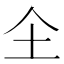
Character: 𱎛